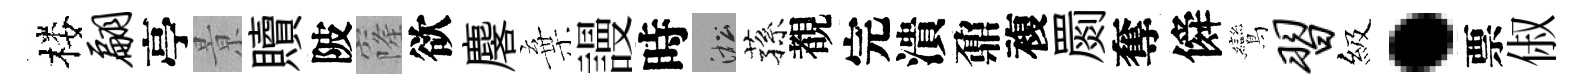
楼翩亭㬌贖陂窿欲麐棄謾時淞蓀覩完潰鼐複罽奪僢鸞习級·票俶